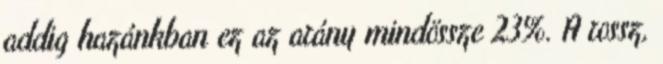
addig hazánkban ez az arány mindössze 23%. A rossz,